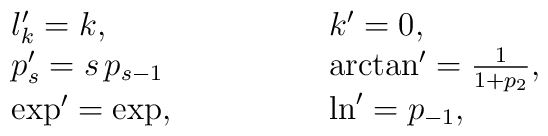
\begin{array}{ll}  l'_k=k, &  \qquad \qquad k'=0, \\  p'_s=s\, p_{s-1}  & \qquad \qquad   \arctan'=\frac{1}{1+p_2}, \\  \exp'=\exp, & \qquad \qquad  \ln'=p_{-1},   \end{array}